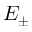
E _ { \pm }